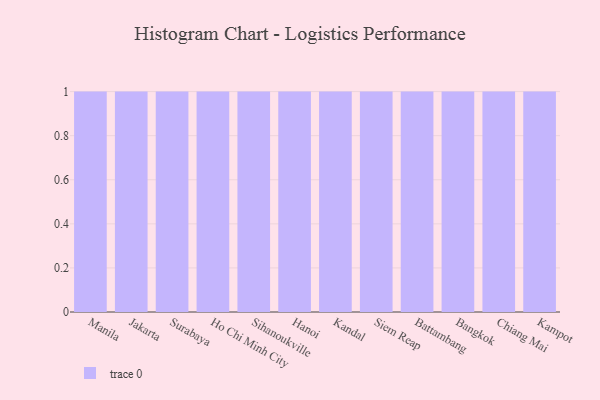
{"axis": {"x": "City", "y": "Page Views"}, "legend": [""], "data": [{"x": "Manila", "y": 75, "type": ""}, {"x": "Jakarta", "y": 93, "type": ""}, {"x": "Surabaya", "y": 27, "type": ""}, {"x": "Ho Chi Minh City", "y": 2, "type": ""}, {"x": "Sihanoukville", "y": 60, "type": ""}, {"x": "Hanoi", "y": 47, "type": ""}, {"x": "Kandal", "y": 80, "type": ""}, {"x": "Siem Reap", "y": 55, "type": ""}, {"x": "Battambang", "y": 90, "type": ""}, {"x": "Bangkok", "y": 59, "type": ""}, {"x": "Chiang Mai", "y": 40, "type": ""}, {"x": "Kampot", "y": 44, "type": ""}]}